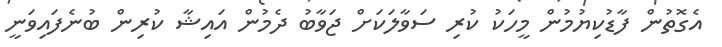
އެގޮތުން ފާޑުކިޔުމުން މީހަކު ކުރި ސަވާލަކަށް ޖަވާބު ދެމުން އައިޝާ ކުރިން ބުނެފައިވަނީ